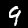
Digit: 9